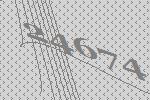
24674